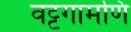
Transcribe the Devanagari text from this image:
वट्टगामणि